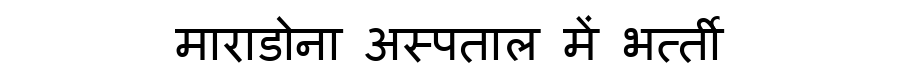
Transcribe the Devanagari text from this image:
माराडोना अस्पताल में भर्त्ती